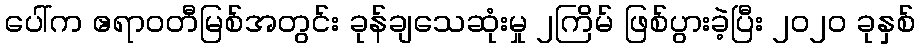
ပေါ်က ဧရာဝတီမြစ်အတွင်း ခုန်ချသေဆုံးမှု ၂ကြိမ် ဖြစ်ပွားခဲ့ပြီး ၂၀၂၀ ခုနှစ်